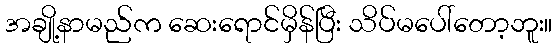
အချို့နာမည်က ဆေးရောင်မှိန်ပြီး သိပ်မပေါ်တော့ဘူး။